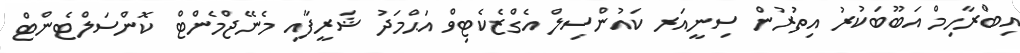
އިބްރާހިމް އަބޫބަކުރު އިތުރުން ސިނީއަރ ކައުންސިލް އެގްޒެކެޓިވް އަޙްމަދު ޝަރީފާއި މެނޭޖްމެންޓް ކޮންސަލްޓެންޓް